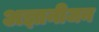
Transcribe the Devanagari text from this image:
अज्ञानीजन